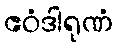
ဧဝံဒါရုဏံ